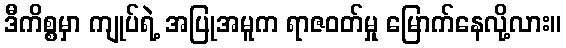
ဒီကိစ္စမှာ ကျုပ်ရဲ့ အပြုအမူက ရာဇဝတ်မှု မြောက်နေလို့လား။